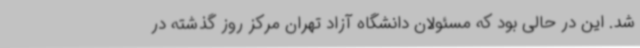
شد. این در حالی بود که مسئولان دانشگاه آزاد تهران مرکز روز گذشته در